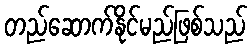
တည်ဆောက်နိုင်မည်ဖြစ်သည်